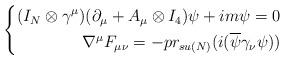
LaTeX: \begin{align*} \left\{\begin{aligned}(I_N\otimes\gamma^\mu)(\partial_\mu+A_\mu\otimes I_4)\psi+i m\psi=0\\\nabla^\mu F_{\mu\nu}=-pr_{su(N)}(i(\overline{\psi}\gamma_\nu\psi))\end{aligned}\right.\end{align*}